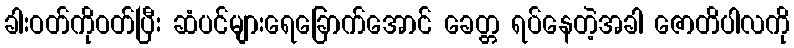
ခါးဝတ်ကိုဝတ်ပြီး ဆံပင်များရေခြောက်အောင် ခေတ္တ ရပ်နေတဲ့အခါ ဇောတိပါလကို